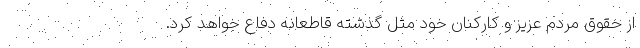
از حقوق مردم عزیز و کارکنان خود مثل گذشته قاطعانه دفاع خواهد کرد.